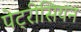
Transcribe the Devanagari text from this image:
पेट्रीसियन